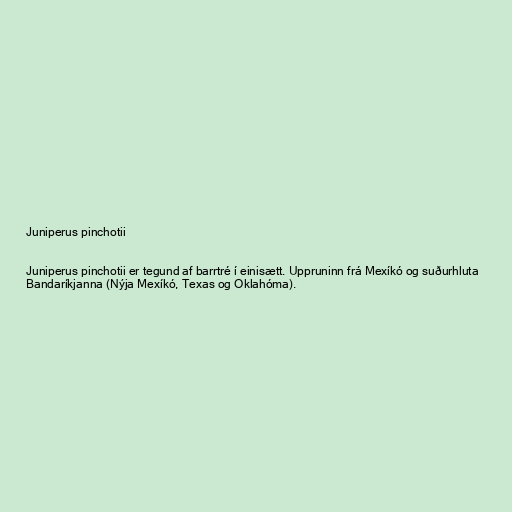
Juniperus pinchotii

Juniperus pinchotii er tegund af barrtré í einisætt. Uppruninn frá Mexíkó og suðurhluta
Bandaríkjanna (Nýja Mexíkó, Texas og Oklahóma).